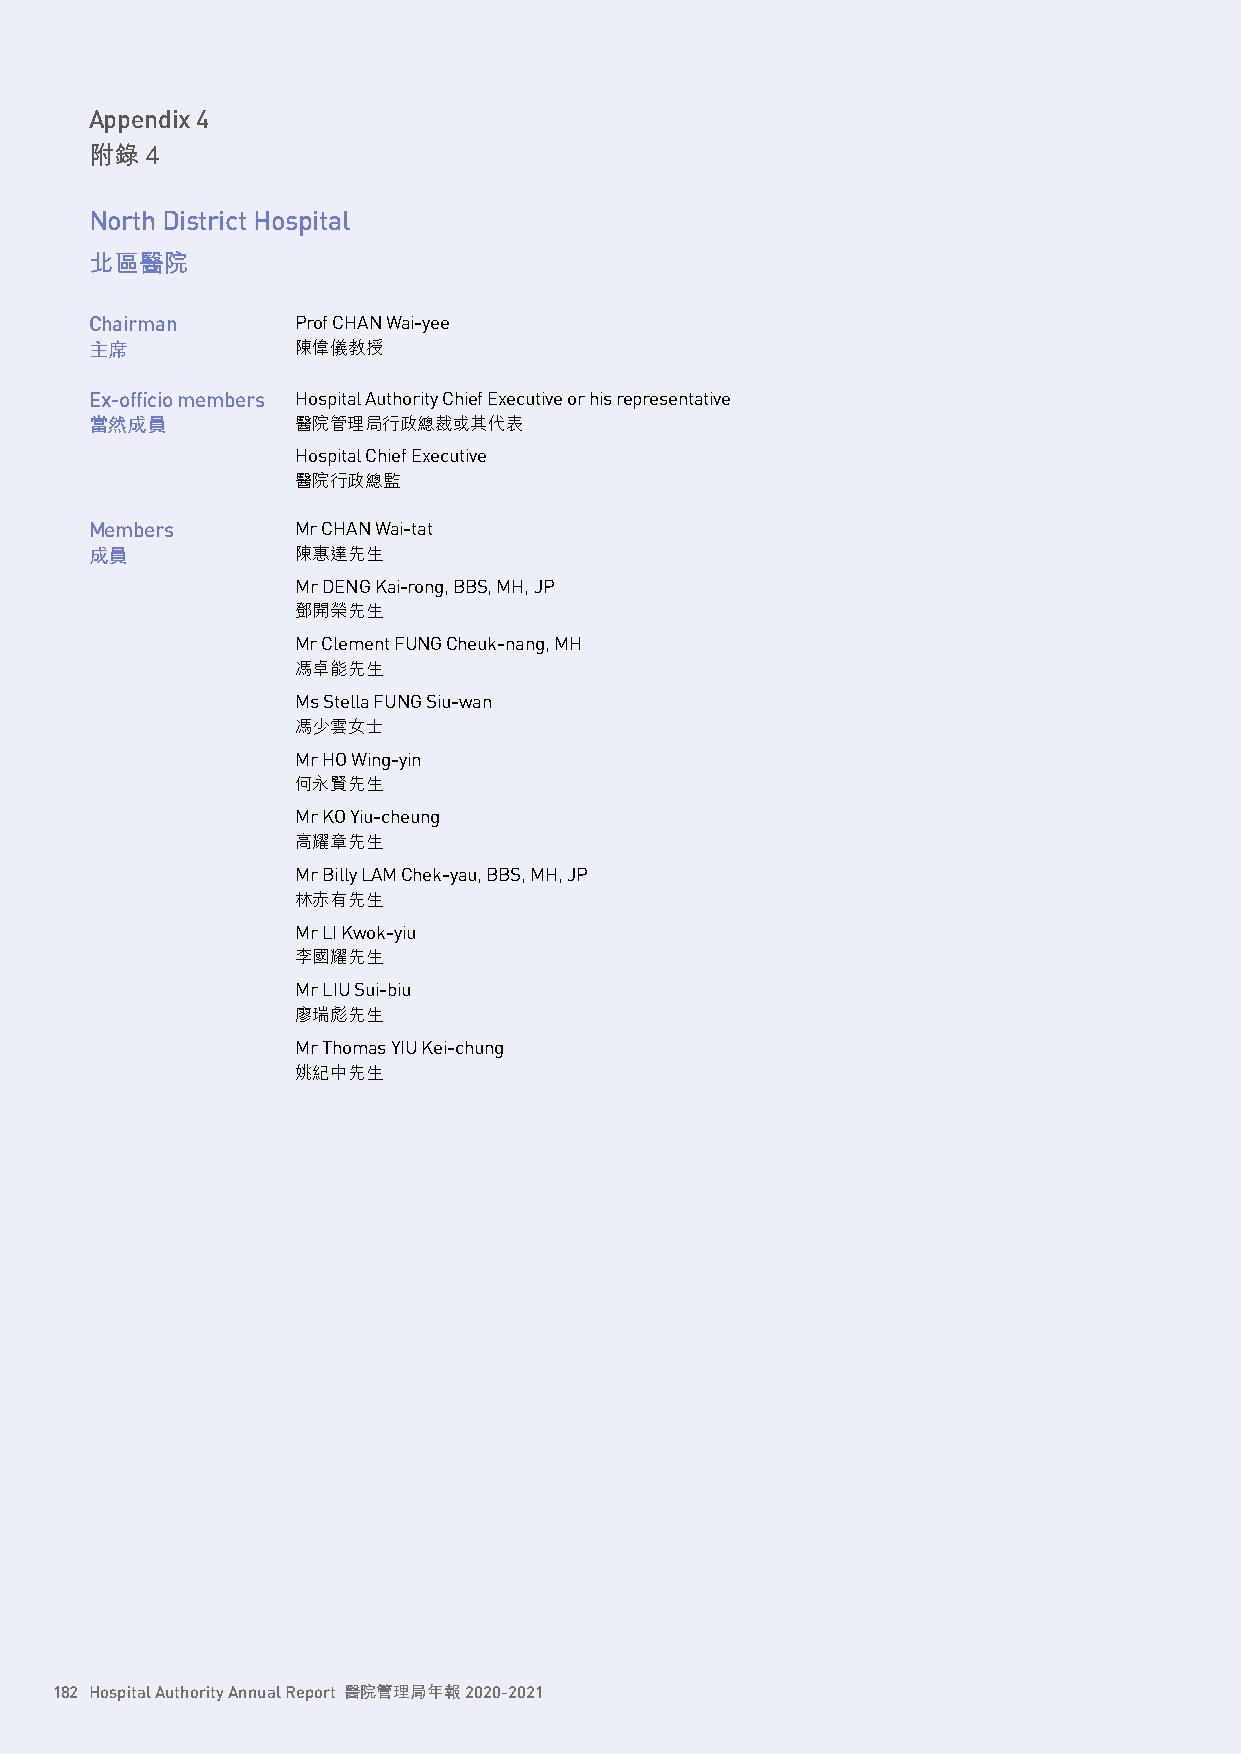
Appendix 4
 附錄  4
 North District Hospital
 北區醫院
 Chairman      Prof CHAN Wai-yee
 主席            陳偉儀教授
 Ex-officio members Hospital Authority Chief Executive or his representative
 當然成員          醫院管理局行政總裁或其代表
 Hospital Chief Executive
 醫院行政總監
 Members       Mr CHAN Wai-tat
 成員            陳惠達先生
 Mr DENG Kai-rong, BBS, MH, JP
 鄧開榮先生
 Mr Clement FUNG Cheuk-nang, MH
 馮卓能先生
 Ms Stella FUNG Siu-wan
 馮少雲女士
 Mr HO Wing-yin
 何永賢先生
 Mr KO Yiu-cheung
 高耀章先生
 Mr Billy LAM Chek-yau, BBS, MH, JP
 林赤有先生
 Mr LI Kwok-yiu
 李國耀先生
 Mr LIU Sui-biu
 廖瑞彪先生
 Mr Thomas YIU Kei-chung
 姚紀中先生
 182 Hospital Authority Annual Report 醫院管理局年報 2020-2021